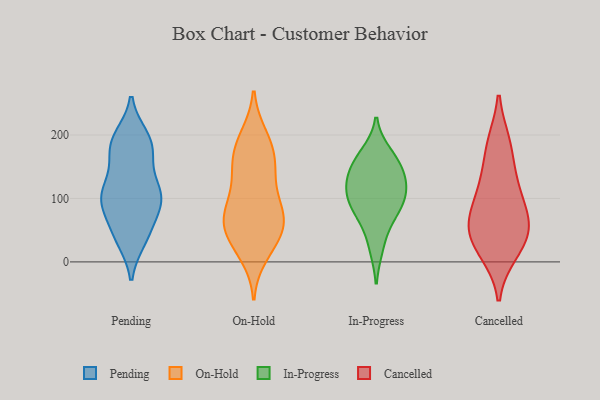
{"axis": {"x": "Customer Acquisition Cost (USD)", "y": "Value"}, "legend": ["Cancelled", "In-Progress", "On-Hold", "Pending"], "data": [{"x": "", "y": 175, "type": "Pending"}, {"x": "", "y": 196, "type": "Pending"}, {"x": "", "y": 36, "type": "Pending"}, {"x": "", "y": 100, "type": "Pending"}, {"x": "", "y": 39, "type": "Pending"}, {"x": "", "y": 171, "type": "Pending"}, {"x": "", "y": 92, "type": "Pending"}, {"x": "", "y": 102, "type": "Pending"}, {"x": "", "y": 121, "type": "Pending"}, {"x": "", "y": 134, "type": "Pending"}, {"x": "", "y": 51, "type": "Pending"}, {"x": "", "y": 86, "type": "Pending"}, {"x": "", "y": 185, "type": "Pending"}, {"x": "", "y": 194, "type": "Pending"}, {"x": "", "y": 98, "type": "Pending"}, {"x": "", "y": 42, "type": "Pending"}, {"x": "", "y": 184, "type": "Pending"}, {"x": "", "y": 102, "type": "Pending"}, {"x": "", "y": 106, "type": "Pending"}, {"x": "", "y": 76, "type": "On-Hold"}, {"x": "", "y": 68, "type": "On-Hold"}, {"x": "", "y": 62, "type": "On-Hold"}, {"x": "", "y": 73, "type": "On-Hold"}, {"x": "", "y": 31, "type": "On-Hold"}, {"x": "", "y": 189, "type": "On-Hold"}, {"x": "", "y": 76, "type": "On-Hold"}, {"x": "", "y": 91, "type": "On-Hold"}, {"x": "", "y": 37, "type": "On-Hold"}, {"x": "", "y": 154, "type": "On-Hold"}, {"x": "", "y": 12, "type": "On-Hold"}, {"x": "", "y": 126, "type": "On-Hold"}, {"x": "", "y": 40, "type": "On-Hold"}, {"x": "", "y": 180, "type": "On-Hold"}, {"x": "", "y": 155, "type": "On-Hold"}, {"x": "", "y": 140, "type": "On-Hold"}, {"x": "", "y": 197, "type": "On-Hold"}, {"x": "", "y": 85, "type": "In-Progress"}, {"x": "", "y": 170, "type": "In-Progress"}, {"x": "", "y": 124, "type": "In-Progress"}, {"x": "", "y": 23, "type": "In-Progress"}, {"x": "", "y": 127, "type": "In-Progress"}, {"x": "", "y": 121, "type": "In-Progress"}, {"x": "", "y": 97, "type": "In-Progress"}, {"x": "", "y": 156, "type": "In-Progress"}, {"x": "", "y": 155, "type": "In-Progress"}, {"x": "", "y": 65, "type": "In-Progress"}, {"x": "", "y": 93, "type": "In-Progress"}, {"x": "", "y": 185, "type": "Cancelled"}, {"x": "", "y": 66, "type": "Cancelled"}, {"x": "", "y": 131, "type": "Cancelled"}, {"x": "", "y": 17, "type": "Cancelled"}, {"x": "", "y": 186, "type": "Cancelled"}, {"x": "", "y": 45, "type": "Cancelled"}, {"x": "", "y": 123, "type": "Cancelled"}, {"x": "", "y": 73, "type": "Cancelled"}, {"x": "", "y": 48, "type": "Cancelled"}, {"x": "", "y": 53, "type": "Cancelled"}, {"x": "", "y": 15, "type": "Cancelled"}, {"x": "", "y": 99, "type": "Cancelled"}]}